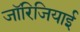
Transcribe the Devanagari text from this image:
जॉरिजियाई